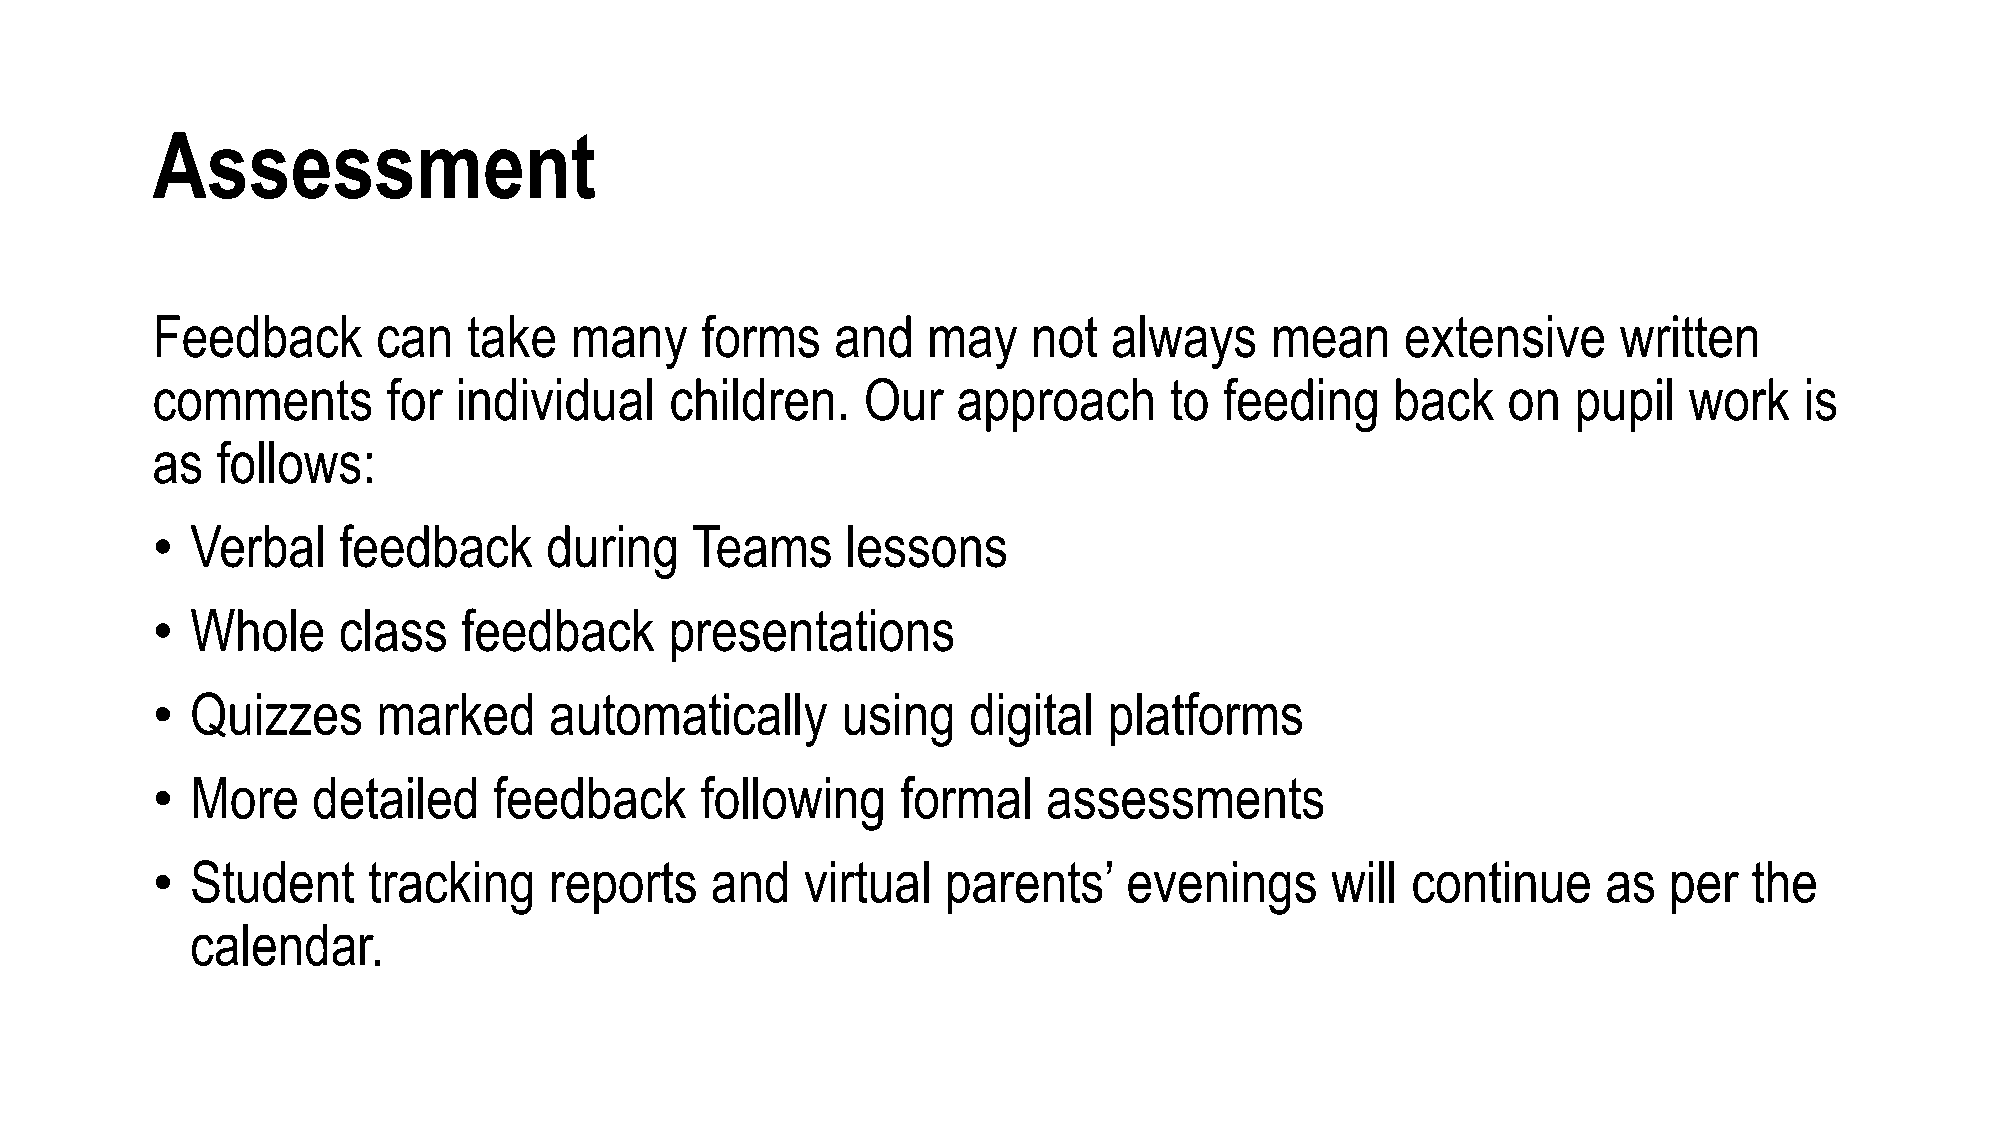
Assessment
 Feedback       can   take   many    forms    and   may    not   always    mean     extensive     written
 comments        for individual    children.    Our   approach      to  feeding    back    on  pupil   work   is
 as  follows:
 •  Verbal   feedback      during    Teams     lessons
 •  Whole    class    feedback     presentations
 •  Quizzes     marked     automatically       using   digital  platforms
 •  More    detailed    feedback     following     formal   assessments
 •  Student    tracking    reports    and   virtual   parents’    evenings     will continue     as  per   the
 calendar.